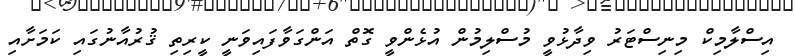
އިސްލާމިކް މިނިސްޓަރު ވިދާޅުވީ މުސްލިމުން އުޅެންވީ ގޮތް އަންގަވާފައިވަނީ ކީރިތި ޤުރުއާނުގައި ކަމަށާއި